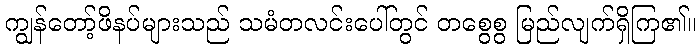
ကျွန်တော့်ဖိနပ်များသည် သမံတလင်းပေါ်တွင် တစွေစွ မြည်လျက်ရှိကြ၏။